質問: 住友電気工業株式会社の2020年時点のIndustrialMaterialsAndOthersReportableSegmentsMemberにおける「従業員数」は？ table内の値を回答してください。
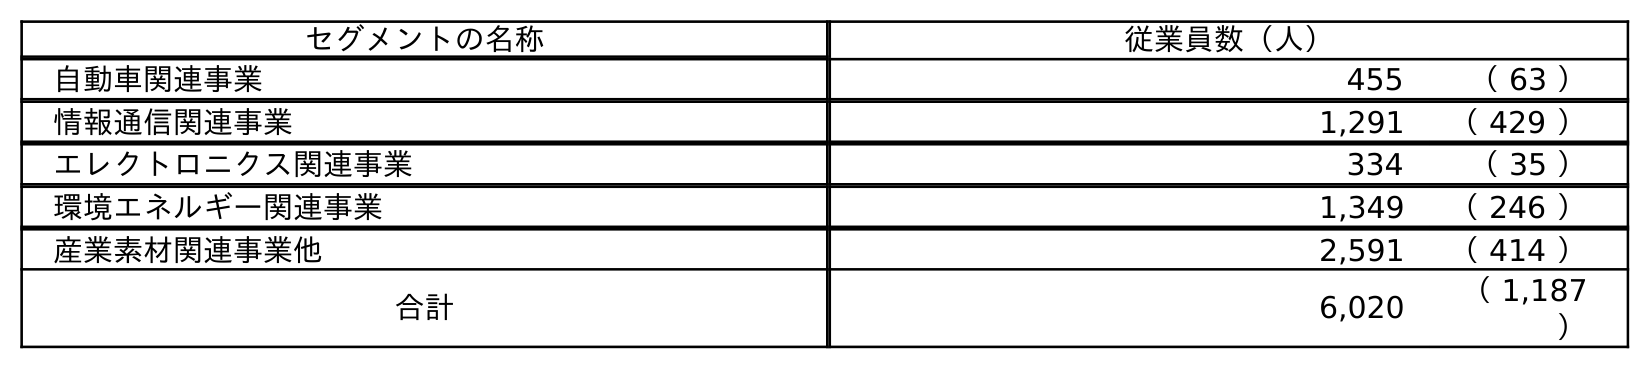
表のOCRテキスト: セグメントの名称 従業員数（人） 自動車関連事業 455 （ 63 ） 情報通信関連事業 1,291 （ 429 ） エレクトロニクス関連事業 334 （ 35 ） 環境エネルギー関連事業 1,349 （ 246 ） 産業素材関連事業他 2,591 （ 414 ） 合計 6,020 （ 1,187 ）
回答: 2,591